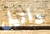
دانيل